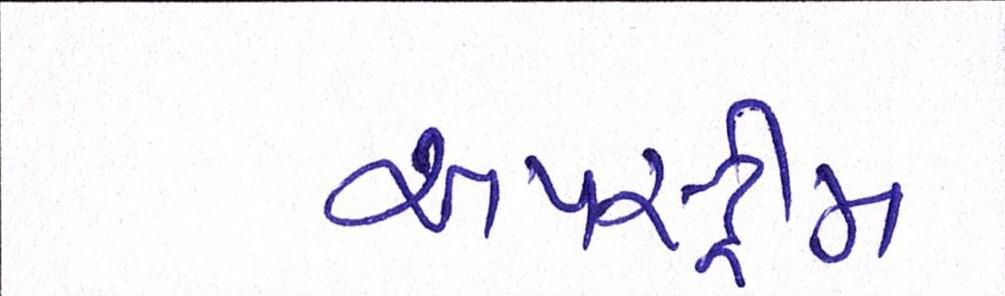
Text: અપસ્ટ્રીમ